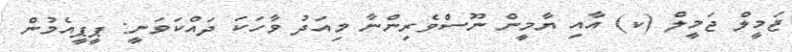
ޖަމީލް ޖަމީލް (ކ) އާއި ޔާމީން ނޫސްވެރިންނާ މިއަދު ވާހަކަ ދައްކަވަނީ: ޕީޕީއެމުން